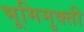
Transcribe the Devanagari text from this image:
भूमिमुक्ती